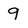
Character: 9